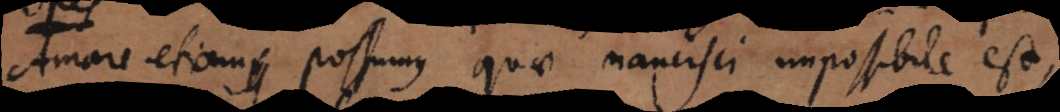
Amare etiam possumus quae nancisci impossibile est,